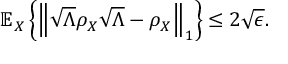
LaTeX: \mathbb { E } _ { X } \left\{ \left\Vert { \sqrt { \Lambda } } \rho _ { X } { \sqrt { \Lambda } } - \rho _ { X } \right\Vert _ { 1 } \right\} \leq 2 { \sqrt { \epsilon } } .